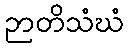
ဉာတိသံဃံ